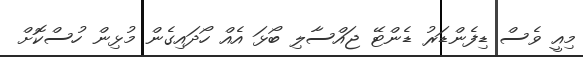
މިއީ ވެސް ޑިފެންޑަރު ޑެންޓޭ ޖައްސާލި ބޯޅަ އެއް ހޯދައިގެން މުޅިން ހުސްކޮށް